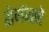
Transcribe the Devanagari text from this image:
शेर्मनने